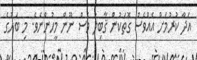
އަދާ ކުރުމަށް އެއްވެސް ގޮތަކުން ޤާބިލު ވެސް ނޫން މީހުންނެވެ. މި ބަހުގެ